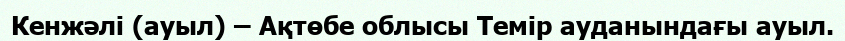
Кенжәлі (ауыл) – Ақтөбе облысы Темір ауданындағы ауыл.